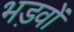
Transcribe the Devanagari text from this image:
भड़वों